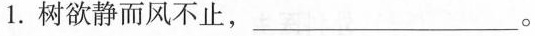
1.树欲静而风不止，___。